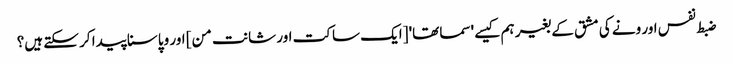
ضبط نفس اور ونے کی مشق کے بغیر ہم کیسے 'سماتھا' [ایک ساکت اور شانت من] اور وپاسنا پیدا کر سکتے ہیں؟